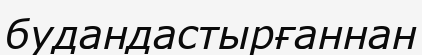
будандастырғаннан